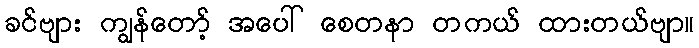
ခင်ဗျား ကျွန်တော့် အပေါ် စေတနာ တကယ် ထားတယ်ဗျာ။